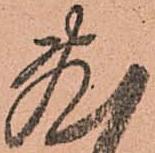
敷